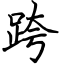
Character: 跨